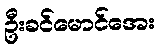
ဦးခင်မောင်အေး